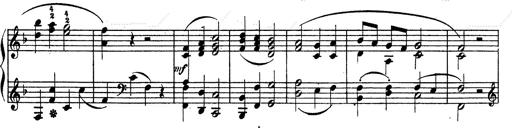
Title: Ave Maria d' Arcadelt
Composer: Franz Liszt